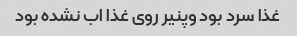
غذا سرد بود وپنیر روی غذا اب نشده بود